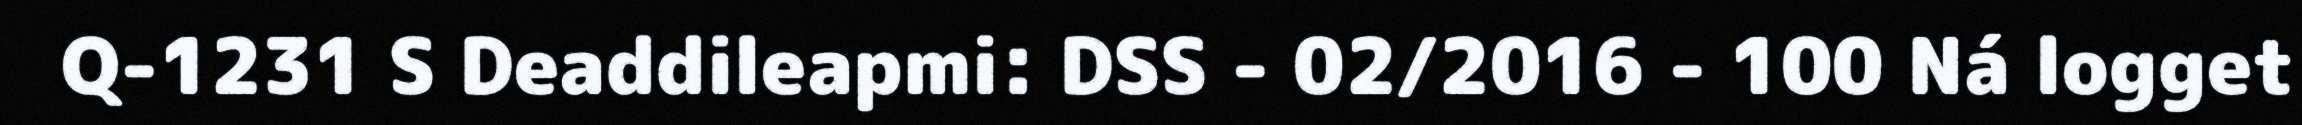
Q-1231 S Deaddileapmi: DSS - 02/2016 - 100 Ná logget